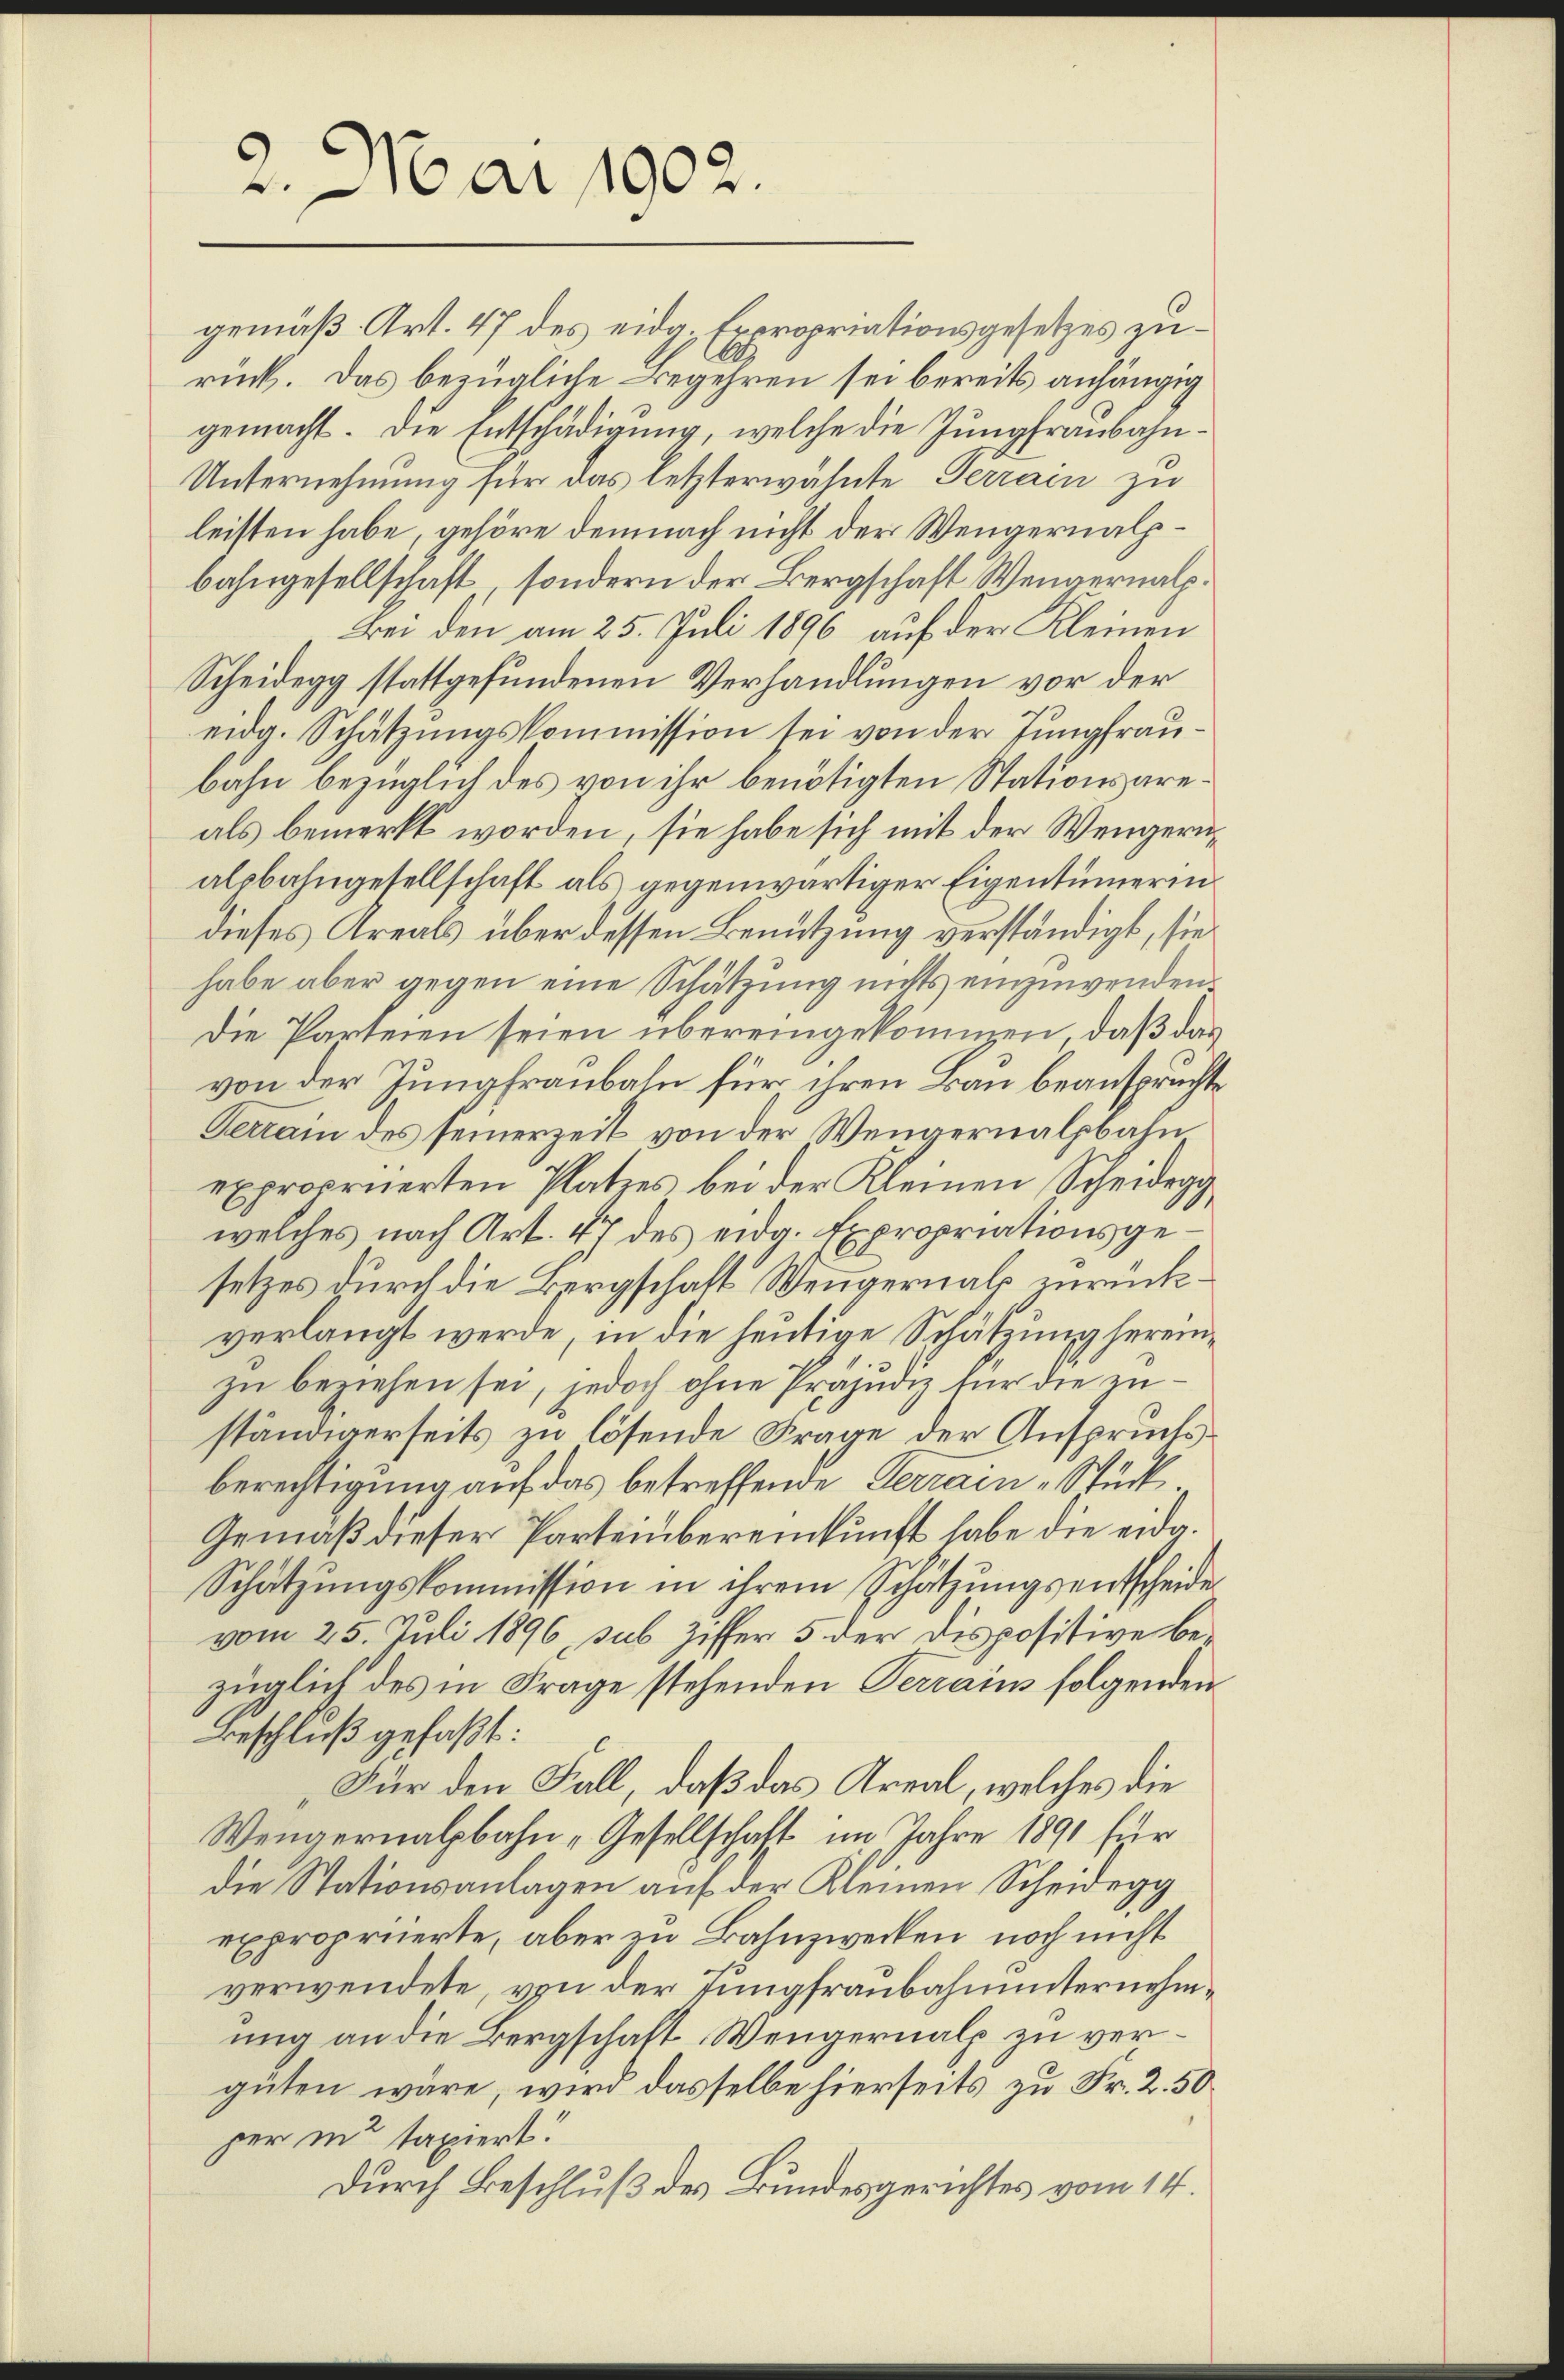
2. Mai 1902.

gemäß Art. 47 des eidg. Expropriationsgesetzes zurück. Das bezügliche Begehren sei bereits anhängig
gemacht. Die Entschädigung, welche die Jungfraubahn¬
Unternehmung für das letzterwähnte Terrain zu
leisten habe, gehöre demnach nicht der Wengernalpbahngesellschaft, sondern der Bergschaft Wengernalp.
Bei den am 25. Juli 1896 auf der Kleinen
Scheidegg stattgefundenen Verhandlungen vor der
eidg. Schätzungskommission sei von der Jungfraubahn bezüglich des von ihr benötigten Stationsareals bemerkt worden, sie habe sich mit der Wengerualpbahngesellschaft als gegenwärtiger Eigentümerindieses Areals über dessen Benutzung verständigt, sie
habe aber gegen eine Schätzung nichts einzuwenden.
Die Parteien seien übereingekommen, daß das
von der Jungfraubaln für ihren Bau beanspruchte
Terrain des seinerzeit von der Wengernalpbahn
expropriierten Platzes bei der Kleinen Scheidegg
welches nach Art. 47 des eidg. Expropriationsgesetzes durch die Bergschaft Weigernath zurückverlangt werde, in die heutige Schätzung hereinzu beziehen sei, jedoch ohne Präjudiz für die zu
ständigerseits zu lösende Frage der Anspruchsberechtigung auf das betreffende Terrain Stück.
Gemäß dieser Parteiübereinkunft habe die eida¬
Schätzungskommission in ihrem Schätzungsentscheide
vom 25. Juli 1896, sub. Ziffer 5 der Dispositive bezüglich des in Frage stehenden Terrains folgenden
Beschluß gefaßt:
Für den Fall, daß das Kreal, welches die
Wengernalbahn „Gesellschaft im Jahre 1891 für
die Stationsanlagen auf der Kleinen Scheidegg
expropriierte, aber zu Bahnzwecken noch nicht
verwendete, von der Jungfraubahnunternehmung an die Bergschaft Wengernalp zu verguten wäre, wird dasselbe hierseits zu Fr. 2. 50
per in taxiert!
Durch Beschluß des Bundesgerichtes vom 14.